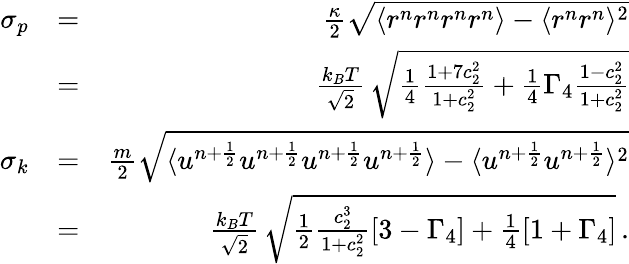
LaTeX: \begin{array}{rlr}{\sigma_{p}}&{=}&{\frac{\kappa}{2}\sqrt{\langle r^{n}r^{n}r^{n}r^{n}\rangle-\langle r^{n}r^{n}\rangle^{2}}}\\ &{=}&{\frac{k_{B}T}{\sqrt{2}}\, \sqrt{\frac{1}{4}\frac{1+7c_{2}^{2}}{1+c_{2}^{2}}+\frac{1}{4}\Gamma_{4}\frac{1-c_{2}^{2}}{1+c_{2}^{2}}}}\\ {\sigma_{k}}&{=}&{\frac{m}{2}\sqrt{\langle u^{n+\frac{1}{2}}u^{n+\frac{1}{2}}u^{n+\frac{1}{2}}u^{n+\frac{1}{2}}\rangle-\langle u^{n+\frac{1}{2}}u^{n+\frac{1}{2}}\rangle^{2}}}\\ &{=}&{\frac{k_{B}T}{\sqrt{2}}\, \sqrt{\frac{1}{2}\frac{c_{2}^{3}}{1+c_{2}^{2}}\left[3-\Gamma_{4}\right]+\frac{1}{4}\left[1+\Gamma_{4}\right]}\, .}\end{array}